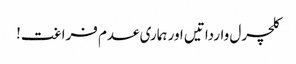
کلچرل وارداتیں اور ہماری عدم فراغت!